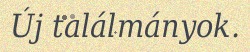
Új találmányok.